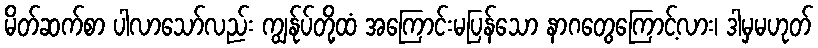
မိတ်ဆက်စာ ပါလာသော်လည်း ကျွန်ုပ်တို့ထံ အကြောင်းမပြန်သော နာဂတွေကြောင့်လား၊ ဒါမှမဟုတ်